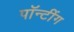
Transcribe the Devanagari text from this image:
पॉन्टींग